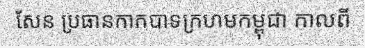
សែន ប្រធានកាកបាទក្រហមកម្ពុជា កាលពី